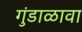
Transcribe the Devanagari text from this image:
गुंडाळावा